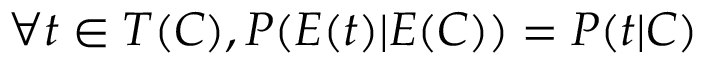
\forall t \in T ( C ) , P ( E ( t ) | E ( C ) ) = P ( t | C )